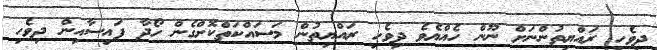
ދިވެހި ރައްޔިތުންނަށް ނޫން ހެއްޔެވެ ދިވެހި ރައްޔިތުން މަސައްކަތްކޮށްގެން ހޯދާ ފައިސާއިން ދިވެހި